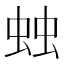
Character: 䖵